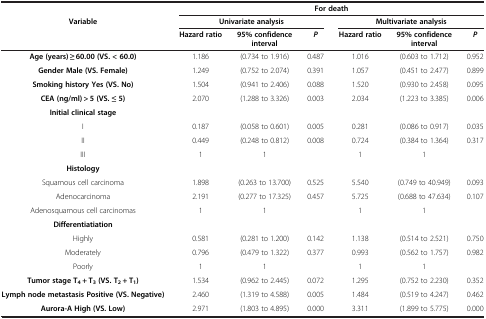
<table><thead><tr><td><b> </b></td><td colspan="6"><b>For death</b></td></tr><tr><td><b>Variable</b></td><td colspan="3"><b>Univariate analysis</b></td><td colspan="3"><b>Multivariate analysis</b></td></tr><tr><td><b> </b></td><td><b>Hazard ratio</b></td><td><b>95% confidence interval</b></td><td><b><i>P</i></b></td><td><b>Hazard ratio</b></td><td><b>95% confidence interval</b></td><td><b><i>P</i></b></td></tr></thead><tbody><tr><td><b>Age (years) ≥ 60.00 (VS. &lt; 60.0)</b></td><td>1.186</td><td>(0.734 to 1.916)</td><td>0.487</td><td>1.016</td><td>(0.603 to 1.712)</td><td>0.952</td></tr><tr><td><b>Gender Male (VS. Female)</b></td><td>1.249</td><td>(0.752 to 2.074)</td><td>0.391</td><td>1.057</td><td>(0.451 to 2.477)</td><td>0.899</td></tr><tr><td><b>Smoking history Yes (VS. No)</b></td><td>1.504</td><td>(0.941 to 2.406)</td><td>0.088</td><td>1.520</td><td>(0.930 to 2.458)</td><td>0.095</td></tr><tr><td><b>CEA (ng/ml) &gt; 5 (VS. ≤ 5)</b></td><td>2.070</td><td>(1.288 to 3.326)</td><td>0.003</td><td>2.034</td><td>(1.223 to 3.385)</td><td>0.006</td></tr><tr><td><b>Initial clinical stage</b></td><td> </td><td> </td><td> </td><td> </td><td> </td><td> </td></tr><tr><td>I</td><td>0.187</td><td>(0.058 to 0.601)</td><td>0.005</td><td>0.281</td><td>(0.086 to 0.917)</td><td>0.035</td></tr><tr><td>II</td><td>0.449</td><td>(0.248 to 0.812)</td><td>0.008</td><td>0.724</td><td>(0.384 to 1.364)</td><td>0.317</td></tr><tr><td>III</td><td>1</td><td>1</td><td> </td><td>1</td><td>1</td><td> </td></tr><tr><td><b>Histology</b></td><td> </td><td> </td><td> </td><td> </td><td> </td><td> </td></tr><tr><td>Squamous cell carcinoma</td><td>1.898</td><td>(0.263 to 13.700)</td><td>0.525</td><td>5.540</td><td>(0.749 to 40.949)</td><td>0.093</td></tr><tr><td>Adenocarcinoma</td><td>2.191</td><td>(0.277 to 17.325)</td><td>0.457</td><td>5.725</td><td>(0.688 to 47.634)</td><td>0.107</td></tr><tr><td>Adenosquamous cell carcinomas</td><td>1</td><td>1</td><td> </td><td>1</td><td>1</td><td> </td></tr><tr><td><b>Differentiatiation</b></td><td> </td><td> </td><td> </td><td> </td><td> </td><td> </td></tr><tr><td>Highly</td><td>0.581</td><td>(0.281 to 1.200)</td><td>0.142</td><td>1.138</td><td>(0.514 to 2.521)</td><td>0.750</td></tr><tr><td>Moderately</td><td>0.796</td><td>(0.479 to 1.322)</td><td>0.377</td><td>0.993</td><td>(0.562 to 1.757)</td><td>0.982</td></tr><tr><td>Poorly</td><td>1</td><td>1</td><td> </td><td>1</td><td>1</td><td> </td></tr><tr><td><b>Tumor stage T</b><sub><b>4</b></sub> <b>+ T</b><sub><b>3 </b></sub><b>(VS. T</b><sub><b>2</b></sub> <b>+ T</b><sub><b>1</b></sub><b>)</b></td><td>1.534</td><td>(0.962 to 2.445)</td><td>0.072</td><td>1.295</td><td>(0.752 to 2.230)</td><td>0.352</td></tr><tr><td><b>Lymph node metastasis Positive (VS. Negative)</b></td><td>2.460</td><td>(1.319 to 4.588)</td><td>0.005</td><td>1.484</td><td>(0.519 to 4.247)</td><td>0.462</td></tr><tr><td><b>Aurora-A High (VS. Low)</b></td><td>2.971</td><td>(1.803 to 4.895)</td><td>0.000</td><td>3.311</td><td>(1.899 to 5.775)</td><td>0.000</td></tr></tbody></table>